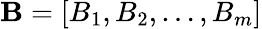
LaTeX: \textbf{B}=[B_{1},B_{2},\ldots,B_{m}]